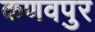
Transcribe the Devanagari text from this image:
कणवपुर